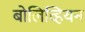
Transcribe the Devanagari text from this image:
बोलिव्हियन